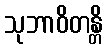
သုဘာဝိတန္တိ